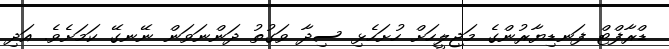
ޑްރާފްޓް ފަނޑިޔާރުންގެ މަޖިލީހަށް ހުށަހެޅި ސިދާ ވަގުތު ދަންނަވަން ނޭނގޭ ކަމަށެވެ. އަދި